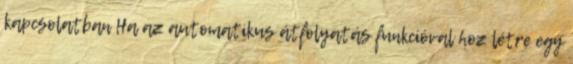
kapcsolatban Ha az automatikus átfolyatás funkcióval hoz létre egy